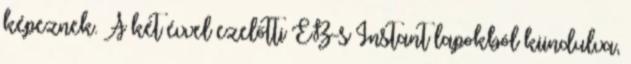
képeznek. A két évvel ezelőtti EB-s Instant lapokból kiindulva,